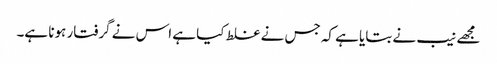
مجھے نیب نے بتایا ہے کہ جس نے غلط کیا ہے اس نے گرفتار ہونا ہے۔